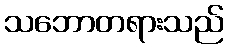
သဘောတရားသည်